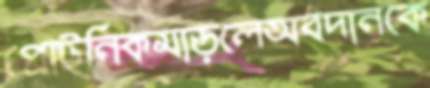
প্রোটনিকমাড়লেঅবদানকে